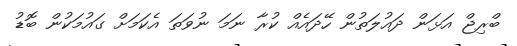
ބްރިޖް އަޅަން ދައުލަތުން ހޭދައެއް ކުރާ ނަމަ ނުވަތަ އެކަމަށް ގައުމަކުން ބޮޑު